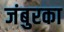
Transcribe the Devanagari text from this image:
जंबुरका